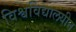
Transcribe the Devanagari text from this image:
विश्वविद्यालयीन